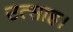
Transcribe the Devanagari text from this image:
उत्‍साह।